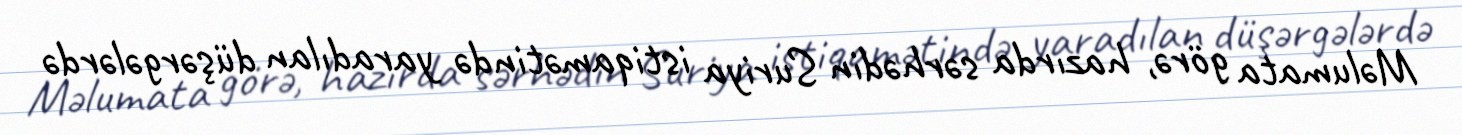
Məlumata görə, hazırda sərhədin Suriya istiqamətində yaradılan düşərgələrdə